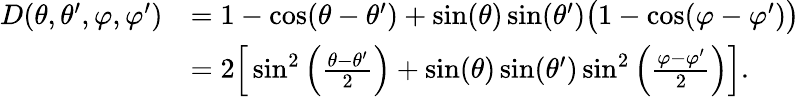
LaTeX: \begin{array}{rl}{D(\theta,\theta^{\prime},\varphi,\varphi^{\prime})}&{=1-\cos(\theta-\theta^{\prime})+\sin(\theta)\sin(\theta^{\prime})\big(1-\cos(\varphi-\varphi^{\prime})\big)}\\ &{=2\Big[\sin^{2}\left(\frac{\theta-\theta^{\prime}}{2}\right)+\sin(\theta)\sin(\theta^{\prime})\sin^{2}\left(\frac{\varphi-\varphi^{\prime}}{2}\right)\Big].}\end{array}